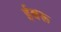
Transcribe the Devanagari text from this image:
ईश्वरू